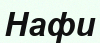
Нафи